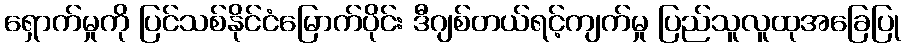
ရှောက်မှုကို ပြင်သစ်နိုင်ငံမြောက်ပိုင်း ဒီဂျစ်တယ်ရင့်ကျက်မှု ပြည်သူလူထုအခြေပြု